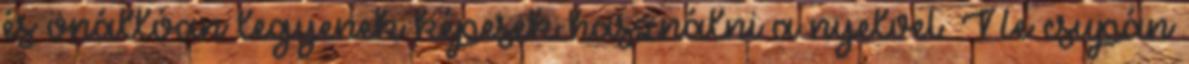
és önállóan legyenek képesek használni a nyelvet. Ne csupán